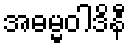
အဓမ္မဝါဒိနီ